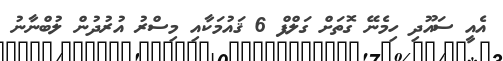
އެއީ ސައޫދި ހިމެނޭ ގޮތަށް ގަލްފް 6 ޤައުމަކާއި މިސްރު އުރުދުން ލުބްނާނު